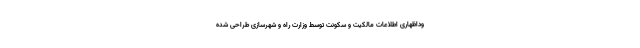
وداظهاری اطلاعات مالکیت و سکونت توسط وزارت راه و شهرسازی طراحی شده